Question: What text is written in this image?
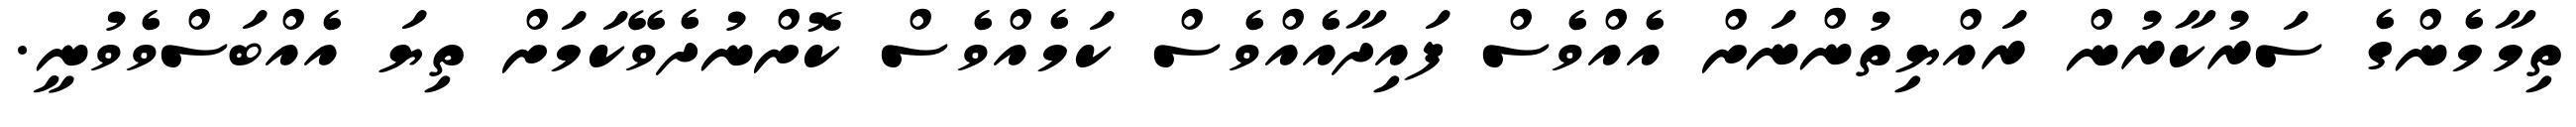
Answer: ތިމާމެންގެ ސަރުކާރުން ރައްޔިތުންނަށް އެއްވެސް ފައިދާއެއްވެސް ކަމެއްވެސް ކޮށްނުދެވޭކަމަށް ތިޔަ އެއްބަސްވެވުނީ.